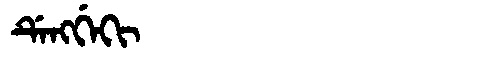
Manchu: ᡩᡝᠩᡤᡝᡴᡳ
Romanization: DENGGEKI